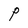
Character: P